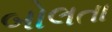
બોલતા